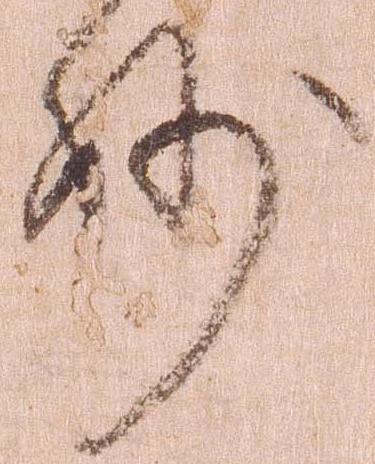
妙